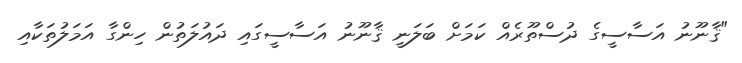
"ޤާނޫނު އަސާސީގެ ދުސްތޫރެއް ކަމަށް ބަލަނީ ޤާނޫނު އަސާސީގައި ދައުލަތުން ހިންގާ އަމަލުތަކާއި